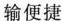
输便捷